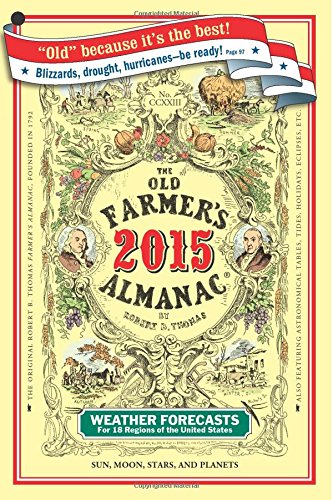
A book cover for The Old Farmer's Almanac 2015; Old FarmerEEs Almanac; Reference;